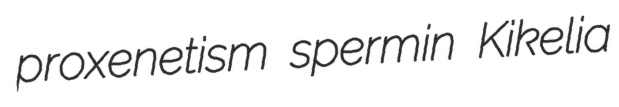
proxenetism spermin Kikelia